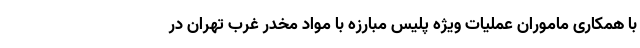
با همکاری ماموران عملیات ویژه پلیس مبارزه با مواد مخدر غرب تهران در